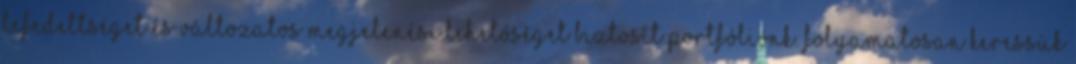
lefedettséget és változatos megjelenési lehetőséget biztosít portfóliónk. Folyamatosan keressük